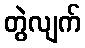
တွဲလျက်